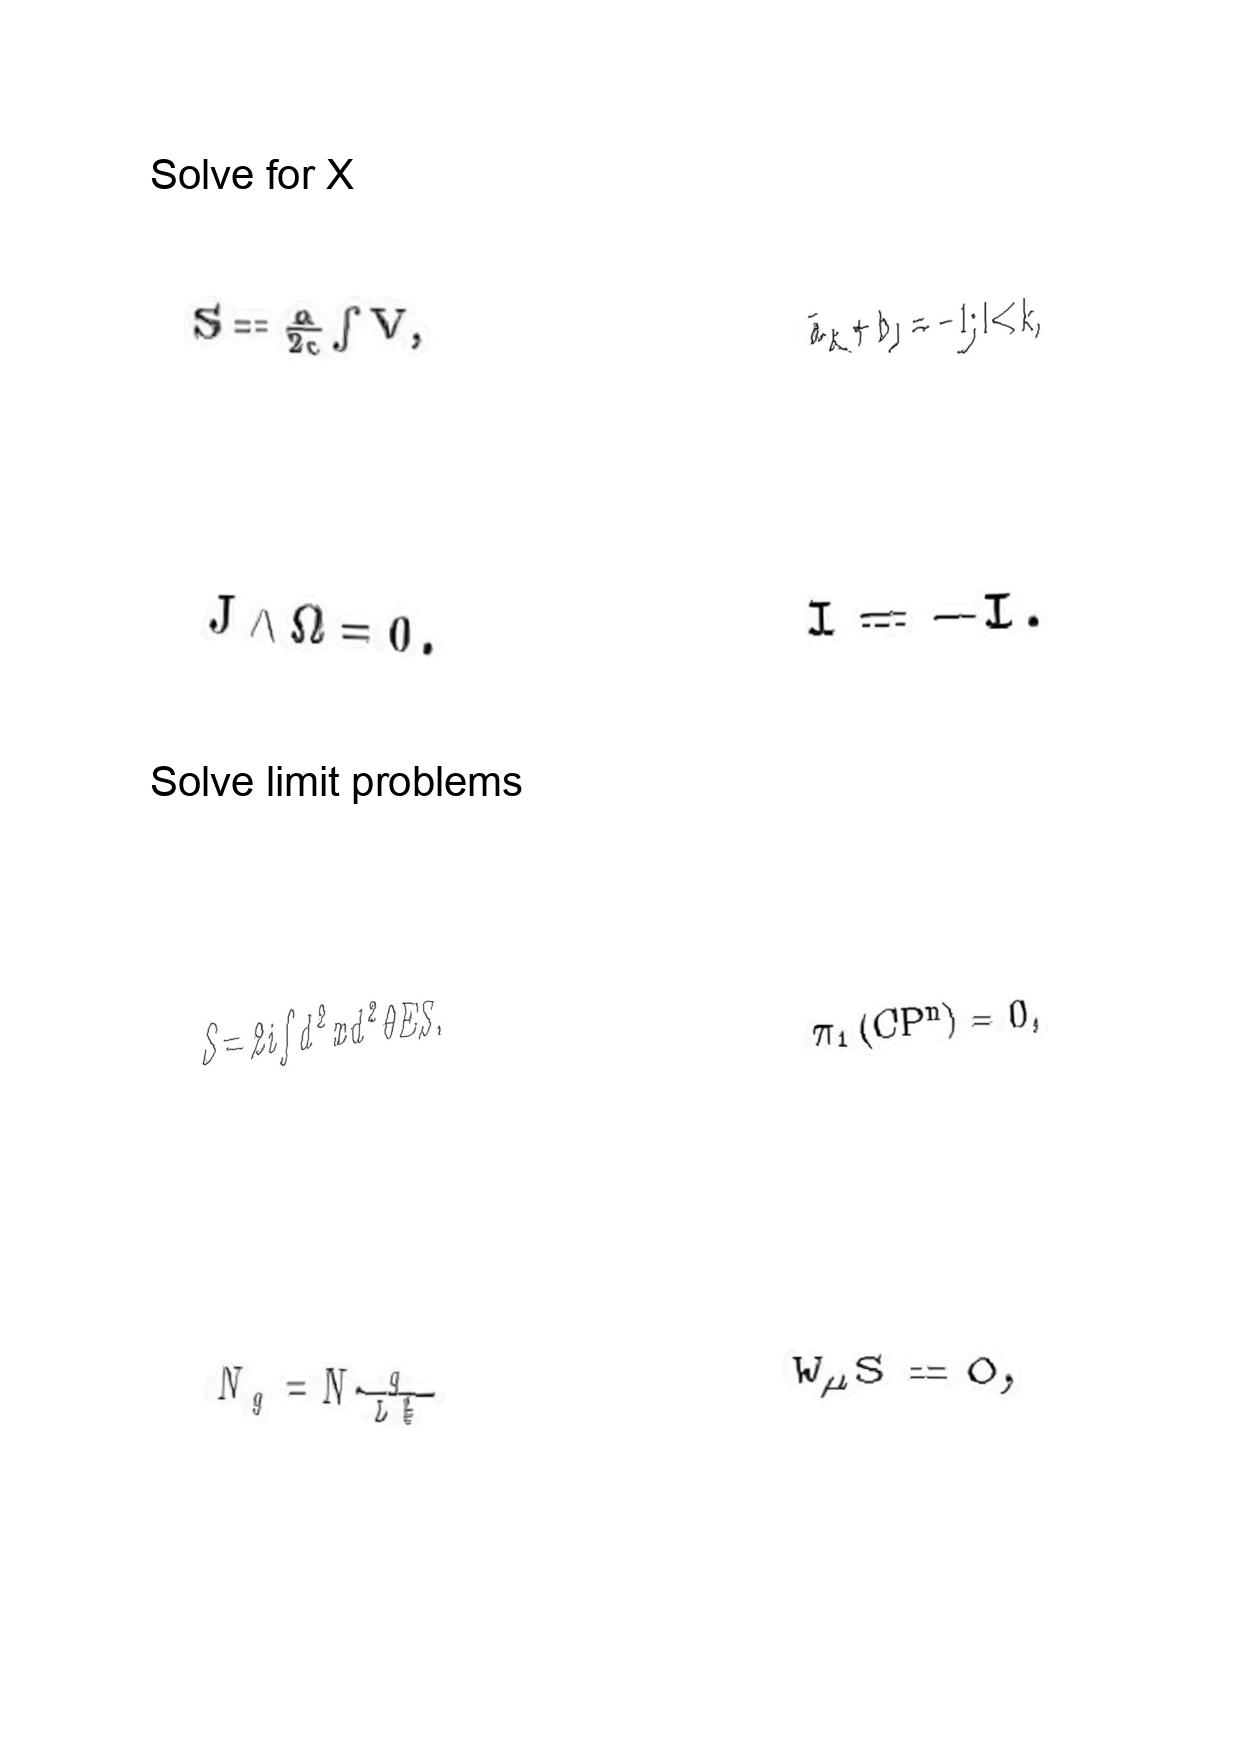
LaTeX transcription:
S = \frac { a } { 2 c } \int V ,
J \wedge \Omega = 0 .
S = 2 i \int d ^ { 2 } x d ^ { 2 } \theta E S .
N _ { g } = N \frac { q } { L _ { 5 } ^ { 2 } }
\bar { a } _ { k } + b _ { l } = - 1 ; l \lt k ,
I = - I .
\pi _ { 1 } \lparen C P ^ { n } \rparen = 0 ,
W _ { \mu } S = 0 ,